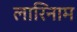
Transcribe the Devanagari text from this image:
लारिनाम